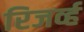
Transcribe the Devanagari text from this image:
रिजर्व्ह